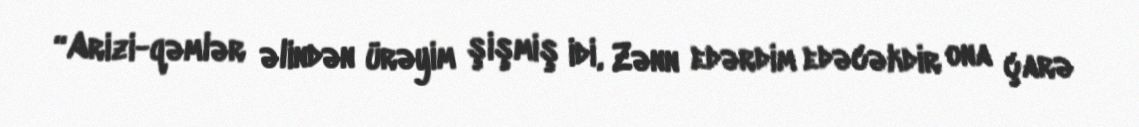
“Arizi-qəmlər əlindən ürəyim şişmiş idi, Zənn edərdim edəcəkdir ona çarə